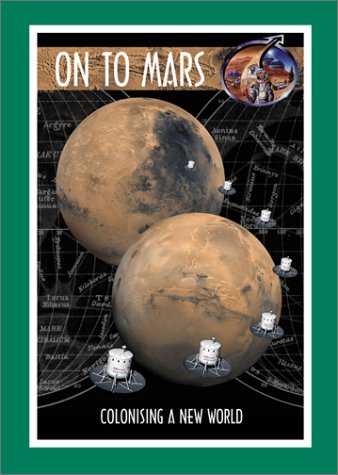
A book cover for On to Mars: Colonizing a New World with CDROM (Apogee Books Space Series); Science & Math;